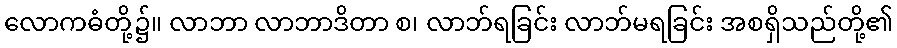
လောကဓံတို့၌။ လာဘာ လာဘာဒိတာ စ၊ လာဘ်ရခြင်း လာဘ်မရခြင်း အစရှိသည်တို့၏